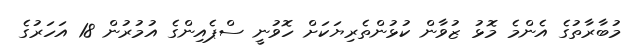
މުބާރާތުގެ އެންމެ މޮޅު ޒުވާން ކުޅުންތެރިޔަކަށް ހޮވުނީ ސްޕެއިންގެ އުމުރުން 18 އަހަރުގެ